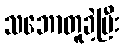
သဘောတူခဲ့ပြီး